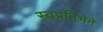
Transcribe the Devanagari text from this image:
स्वप्रतिभेने